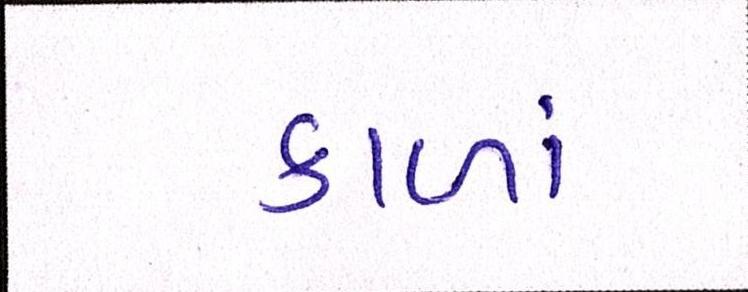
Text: કાળાં